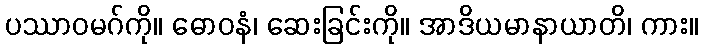
ပဿာဝမဂ်ကို။ ဓောဝနံ၊ ဆေးခြင်းကို။ အာဒိယမာနာယာတိ၊ ကား။